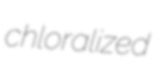
chloralized